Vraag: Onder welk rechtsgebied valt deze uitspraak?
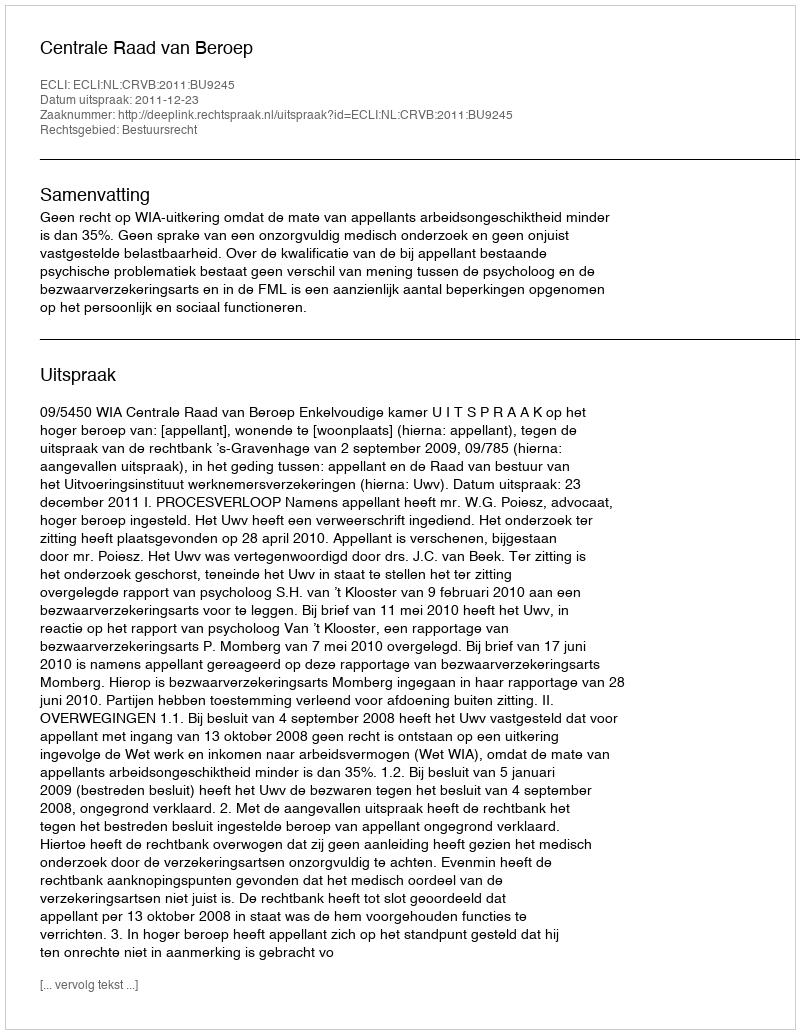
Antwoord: Bestuursrecht